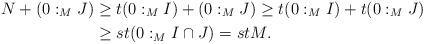
LaTeX: \begin{align*}N +(0 :_{M}J)&\geq t(0 :_{M}I) + (0 :_{M}J)\geq t(0 :_{M}I) + t(0 :_{M}J)\\&\geq st(0 :_{M}I \cap J)= stM. \end{align*}